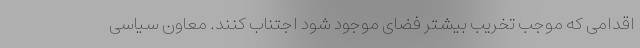
اقدامی که موجب تخریب بیشتر فضای موجود شود اجتناب کنند. معاون سیاسی